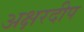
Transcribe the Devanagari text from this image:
अक्षरदीप